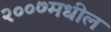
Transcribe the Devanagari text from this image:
२००७मधील